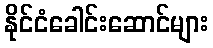
နိုင်ငံခေါင်းဆောင်များ